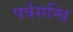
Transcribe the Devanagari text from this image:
पर्वसन्धि